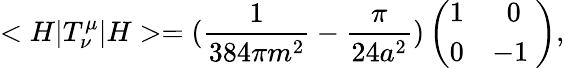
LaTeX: <H|T_{\nu}^{\mu}|H>=(\frac{1}{384\pi m^{2}}-\frac{\pi}{24a^{2}})\left(\begin{array}{cc}{{1}}&{{0}}\\ {{0}}&{{-1\ }}\end{array}\right),